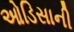
ઓડિસાની